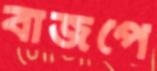
বাজপে